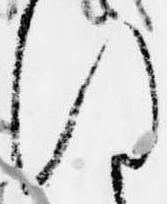
ほ